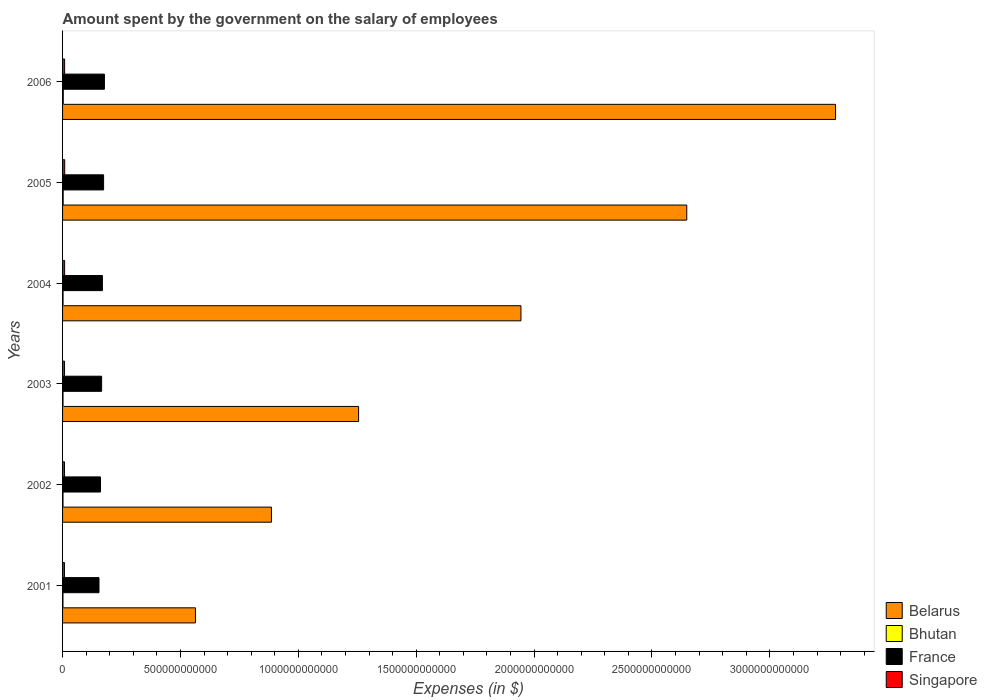
| Years | Belarus | Bhutan | France | Singapore |
 | --- | --- | --- | --- | --- |
 | 2001 | 5.64e+11 | 1.72e+09 | 1.55e+11 | 8e+09 |
 | 2002 | 8.86e+11 | 1.9e+09 | 1.61e+11 | 8.28e+09 |
 | 2003 | 1.26e+12 | 1.95e+09 | 1.66e+11 | 8.31e+09 |
 | 2004 | 1.94e+12 | 2.09e+09 | 1.69e+11 | 8.71e+09 |
 | 2005 | 2.65e+12 | 2.65e+09 | 1.74e+11 | 9.11e+09 |
 | 2006 | 3.28e+12 | 3.09e+09 | 1.78e+11 | 8.72e+09 |